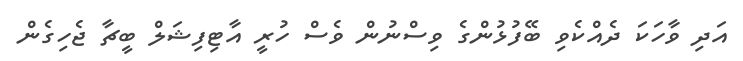
އަދި ވާހަކަ ދެއްކެވި ބޭފުޅުންގެ ވިސްނުން ވެސް ހުރީ އާޓިފިޝަލް ބީޗާ ޖެހިގެން